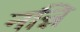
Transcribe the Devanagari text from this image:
नन्नि